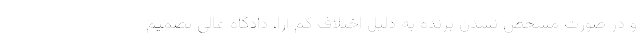
و در صورت مشخص نشدن برنده به دلیل اختلاف کم آرا، دادگاه عالی تصمیم